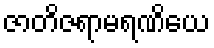
ဇာတိဇရာမရဏိယေ